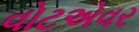
વોટએવર